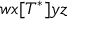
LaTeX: w x [ T ^ { * } ] y z